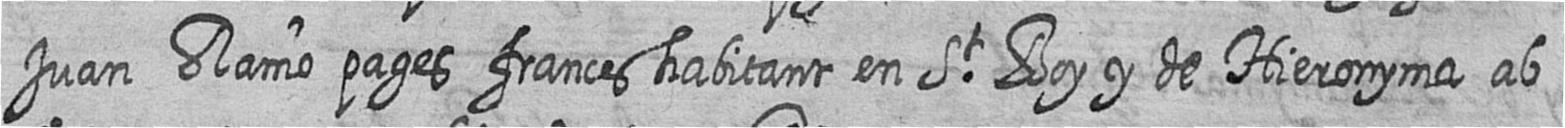
Juan Ramo pages frances habitant en St Boy y de Hieronyma ab